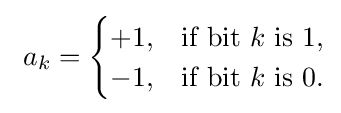
\ a_{k}={\begin{cases}+1,&{\text{if bit }}k{\text{ is }}1,\\-1,&{\text{if bit }}k{\text{ is }}0.\end{cases}}